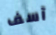
آسف